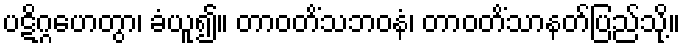
ပဋိဂ္ဂဟေတွာ၊ ခံယူ၍။ တာဝတိံသဘဝနံ၊ တာဝတိံသာနတ်ပြည်သို့။